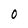
Character: 0